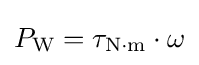
P_{\mathrm {W} }=\tau _{\mathrm {N\cdot m} }\cdot \omega